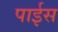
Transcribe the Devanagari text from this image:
पाईस